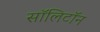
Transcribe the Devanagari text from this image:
सॉलिटॉन